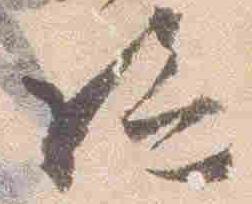
給